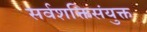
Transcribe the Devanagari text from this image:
सर्वशक्तिसंयुक्त